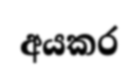
අයකර